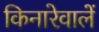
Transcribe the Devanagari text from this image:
किनारेवालें